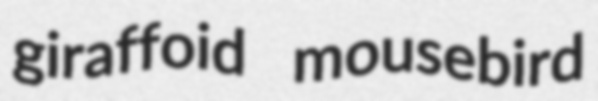
giraffoid mousebird